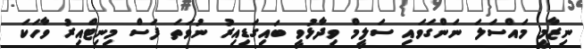
ނިޒާމީ މައްސަލަ ނަންގަވައި ސަލީމް ވިދާޅުވީ ބައިގަޑިއިރު ނުވަތަ ފަސް މިނިޓްއިރު ވާހަކަ